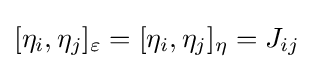
{\textstyle [\eta _{i},\eta _{j}]_{\varepsilon }=[\eta _{i},\eta _{j}]_{\eta }=J_{ij}}